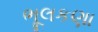
ભૂલકણા